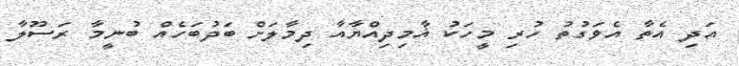
އަދި އެތާ އެވަގުތު ހުރި މީހަކު ޣާމިދިއްޔާއާ ދިމާލަށް ބަދުބަހެއް ބުނީމާ ރަސޫލާ